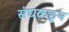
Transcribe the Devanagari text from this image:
संघकडून